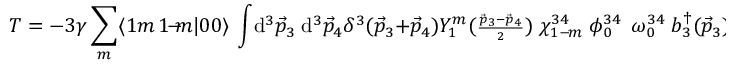
T = - 3 \gamma \sum _ { m } \: \langle 1 m \, 1 \! - \! \! m | 0 0 \rangle \, \int \! \mathrm { d } ^ { 3 } \vec { p } _ { 3 } \; \mathrm { d } ^ { 3 } \vec { p } _ { 4 } \delta ^ { 3 } ( \vec { p } _ { 3 } + \vec { p } _ { 4 } ) \: { \cal Y } _ { 1 } ^ { m } ( { \scriptstyle \frac { \vec { p } _ { 3 } - \vec { p } _ { 4 } } { 2 } } ) \; \chi _ { 1 - \! m } ^ { 3 4 } \; \phi _ { 0 } ^ { 3 4 } \; \, \omega _ { 0 } ^ { 3 4 } \; b _ { 3 } ^ { \dagger } ( \vec { p } _ { 3 } ) \; d _ { 4 } ^ { \dagger } ( \vec { p } _ { 4 } )